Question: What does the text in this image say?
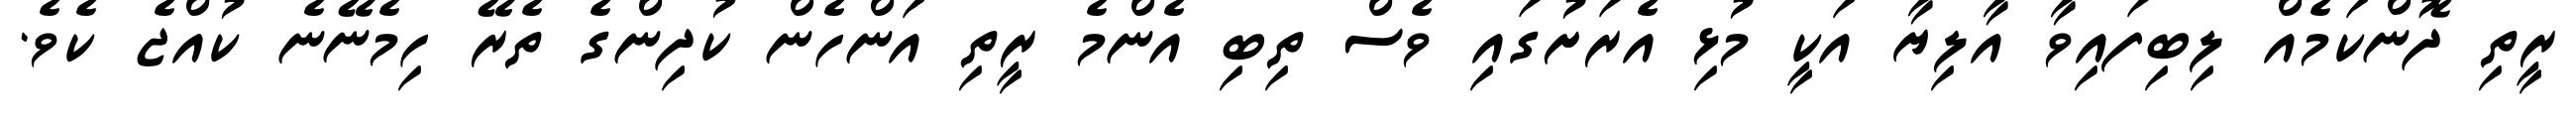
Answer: ރީތި ދޮންކަމެއް ލިބިފައިވާ އާލިޔާ އަކީ މުޅި އެރަށުގައި ވެސް ތިބި އެންމެ ރީތި އަންހެން ކުދިންގެ ތެރޭ ހިމެނޭނެ ކުއްޖެ ކެވެ.